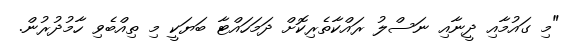
"މި ގައުމާއި ދީނާއި ނަސްލު ރައްކާތެރިކޮށް ދަމަހައްޓާ ބަޔަކީ މި ތިއްބެވި ހާމުދުރުން.